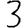
Digit: 3